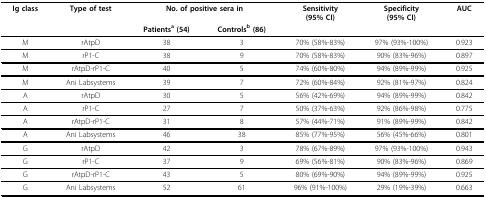
| Ig class | Type of test | <COLSPAN=2> No. of positive sera in | Sensitivity(95% CI) | Specificity(95% CI) | AUC |
 |  |  | Patientsa (54) | Controlsb (86) |  |  |  |
 | --- | --- | --- | --- | --- | --- | --- |
 | M | rAtpD | 38 | 3 | 70% (58%-83%) | 97% (93%-100%) | 0.923 |
 | M | rP1-C | 38 | 9 | 70% (58%-83%) | 90% (83%-96%) | 0.897 |
 | M | rAtpD-rP1-C | 40 | 5 | 74% (60%-80%) | 94% (89%-99%) | 0.925 |
 | M | Ani Labsystems | 39 | 7 | 72% (60%-84%) | 92% (81%-97%) | 0.824 |
 | A | rAtpD | 30 | 5 | 56% (42%-69%) | 94% (89%-99%) | 0.842 |
 | A | rP1-C | 27 | 7 | 50% (37%-63%) | 92% (86%-98%) | 0.775 |
 | A | rAtpD-rP1-C | 31 | 8 | 57% (44%-71%) | 91% (89%-99%) | 0.842 |
 | A | Ani Labsystems | 46 | 38 | 85% (77%-95%) | 56% (45%-66%) | 0.801 |
 | G | rAtpD | 42 | 3 | 78% (67%-89%) | 97% (93%-100%) | 0.943 |
 | G | rP1-C | 37 | 9 | 69% (56%-81%) | 90% (83%-96%) | 0.869 |
 | G | rAtpD-rP1-C | 43 | 5 | 80% (69%-90%) | 94% (89%-99%) | 0.925 |
 | G | Ani Labsystems | 52 | 61 | 96% (91%-100%) | 29% (19%-39%) | 0.663 |